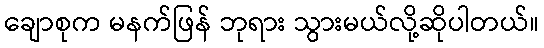
ချောစုက မနက်ဖြန် ဘုရား သွားမယ်လို့ဆိုပါတယ်။